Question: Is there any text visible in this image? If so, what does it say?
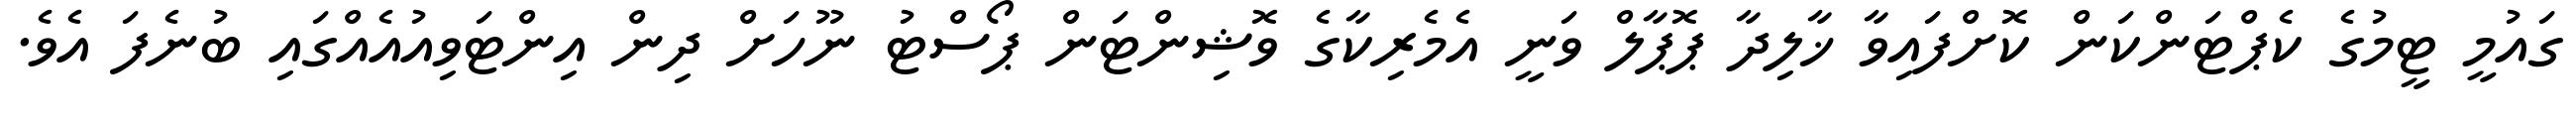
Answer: ގައުމީ ޓީމުގެ ކެޕްޓަންކަން ކޮށްފައިވާ ޚާލިދާ ޕޮޕާލް ވަނީ އެމެރިކާގެ ވޮޝިންޓަން ޕޯސްޓު ނޫހަށް ދިން އިންޓަވިއުއެއްގައި ބުނެފަ އެވެ.